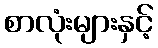
စာလုံးများနှင့်